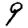
Digit: 9